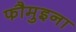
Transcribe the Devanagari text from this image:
फौमुइना